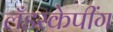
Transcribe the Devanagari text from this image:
लँडस्केपींग